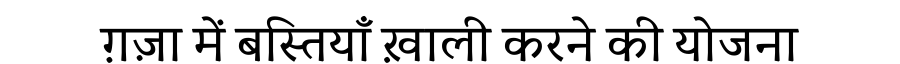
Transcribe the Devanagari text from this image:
ग़ज़ा में बस्तियाँ ख़ाली करने की योजना